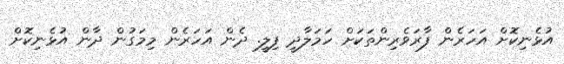
އުޅެނިކޮށް އަހަރެން ފާރަވެރިންތަކަށް ހަމަލާދީ ފިލީ. ދެން އަހަރެން މިމަގުން ދާން އުޅެނިކޮށް